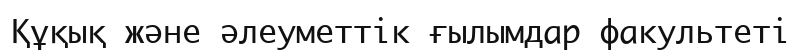
Құқық және әлеуметтік ғылымдар факультеті